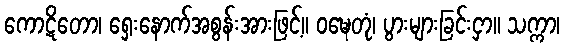
ကောဋိတော၊ ရှေးနောက်အစွန်းအားဖြင့်။ ဝဍ္ဎေတုံ၊ ပွားများခြင်းငှာ။ သက္ကာ၊